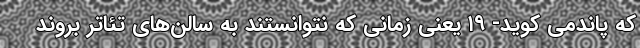
که پاندمی کوید- ۱۹ یعنی زمانی که نتوانستند به سالن‌های تئاتر بروند